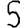
Digit: 5